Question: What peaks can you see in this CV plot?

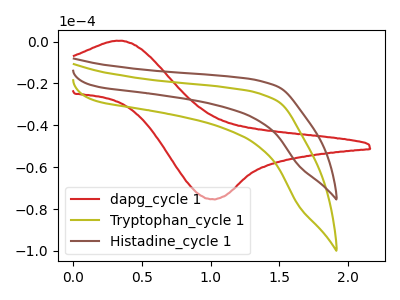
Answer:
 <answer>The red curve "dapg_cycle 1" has an anodic peak at (0.35V, 0.40uA) and a cathodic peak at (1.00V, -75.30uA). The olive curve "Tryptophan_cycle 1" has no peaks. The brown curve "Histadine_cycle 1" has no peaks.</answer>
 <eval></eval>